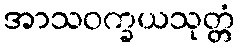
အာသဝက္ခယသုတ္တံ